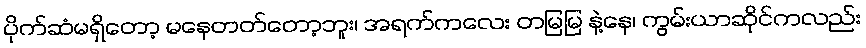
ပိုက်ဆံမရှိတော့ မနေတတ်တော့ဘူး၊ အရက်ကလေး တမြမြ နဲ့နေ၊ ကွမ်းယာဆိုင်ကလည်း